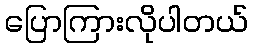
ပြောကြားလိုပါတယ်